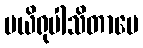
ပယိရုပါသိတာပေ